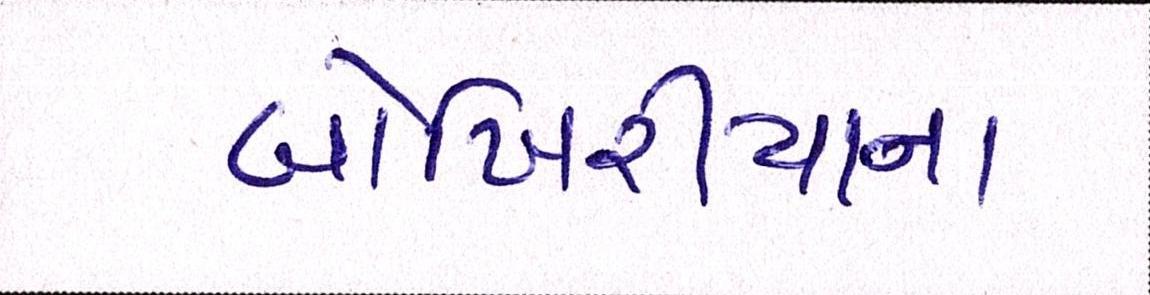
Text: બોખિરીયાના